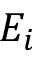
E _ { i }